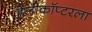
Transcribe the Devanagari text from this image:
हेलीकॉप्टरला